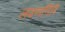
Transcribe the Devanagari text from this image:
लवणगिरि